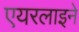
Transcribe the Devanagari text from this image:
एयरलाइने